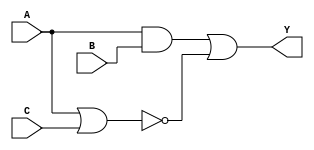
`timescale 1ns / 1ps
//////////////////////////////////////////////////////////////////////////////////
// Company: 
// Engineer: 
// 
// Design Name: 
// Module Name: truth_table
// Project Name: 
// Target Devices: 
// Tool Versions: 
// Description: 
// 
// Dependencies: 
// 
// Revision:
// Revision 0.01 - File Created
// Additional Comments:
// 
//////////////////////////////////////////////////////////////////////////////////


module truth_table( // 
    A, B, C,
    Y
    );

input A, B, C; // 
output Y; // output

wire a1, c1; //A,B AND    a1, A,C NOR   c1

and (a1, A, B); //A B AND   a1 
nor (c1, A, C); //A C NOR   c1 
or (Y, a1, c1); //a1 c1 OR   Y 

endmodule